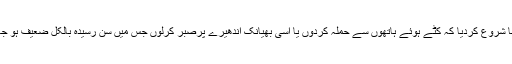
پھر بھی میں نے خلافت کے آگے پردہ ڈای دیا اور اس سے پہلے تہی کرلی اوری ہ سوچنا شروع کردیا کہ کٹے ہوئے ہاتھوں سے حملہ کردوں یا اسی بھیانک اندھیرے پرصبر کرلوں جس میں سن رسیدہ بالکل ضعیف ہو جائے اوربچہ بوڑھا ہو جائے اور مومن محنت کرتے کرتے خدا کی بارگاہ تک پہنچ جائے۔